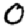
Digit: 0